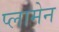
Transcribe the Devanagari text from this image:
प्लामेन